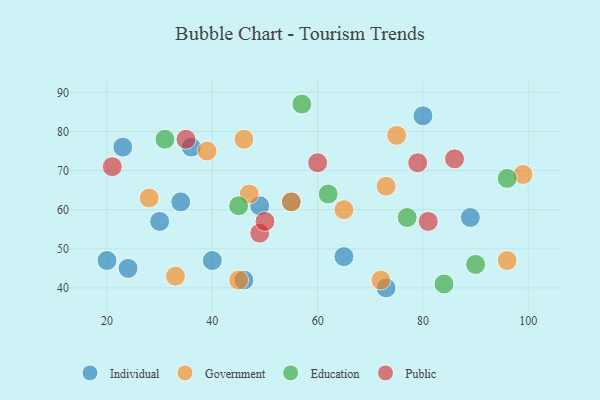
{"axis": {"x": "GDP", "y": "Life Expectancy"}, "legend": ["Education", "Government", "Individual", "Public"], "data": [{"x": "36", "y": 76, "type": "Individual"}, {"x": "30", "y": 57, "type": "Individual"}, {"x": "23", "y": 76, "type": "Individual"}, {"x": "24", "y": 45, "type": "Individual"}, {"x": "80", "y": 84, "type": "Individual"}, {"x": "89", "y": 58, "type": "Individual"}, {"x": "40", "y": 47, "type": "Individual"}, {"x": "34", "y": 62, "type": "Individual"}, {"x": "49", "y": 61, "type": "Individual"}, {"x": "55", "y": 62, "type": "Individual"}, {"x": "73", "y": 40, "type": "Individual"}, {"x": "20", "y": 47, "type": "Individual"}, {"x": "65", "y": 48, "type": "Individual"}, {"x": "46", "y": 42, "type": "Individual"}, {"x": "45", "y": 42, "type": "Government"}, {"x": "73", "y": 66, "type": "Government"}, {"x": "72", "y": 42, "type": "Government"}, {"x": "99", "y": 69, "type": "Government"}, {"x": "28", "y": 63, "type": "Government"}, {"x": "55", "y": 62, "type": "Government"}, {"x": "65", "y": 60, "type": "Government"}, {"x": "47", "y": 64, "type": "Government"}, {"x": "46", "y": 78, "type": "Government"}, {"x": "39", "y": 75, "type": "Government"}, {"x": "96", "y": 47, "type": "Government"}, {"x": "75", "y": 79, "type": "Government"}, {"x": "33", "y": 43, "type": "Government"}, {"x": "57", "y": 87, "type": "Education"}, {"x": "45", "y": 61, "type": "Education"}, {"x": "96", "y": 68, "type": "Education"}, {"x": "90", "y": 46, "type": "Education"}, {"x": "62", "y": 64, "type": "Education"}, {"x": "77", "y": 58, "type": "Education"}, {"x": "84", "y": 41, "type": "Education"}, {"x": "31", "y": 78, "type": "Education"}, {"x": "49", "y": 54, "type": "Public"}, {"x": "50", "y": 57, "type": "Public"}, {"x": "79", "y": 72, "type": "Public"}, {"x": "35", "y": 78, "type": "Public"}, {"x": "60", "y": 72, "type": "Public"}, {"x": "86", "y": 73, "type": "Public"}, {"x": "81", "y": 57, "type": "Public"}, {"x": "21", "y": 71, "type": "Public"}]}